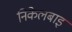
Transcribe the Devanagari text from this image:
निकेलबाइ